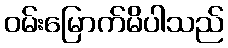
ဝမ်းမြောက်မိပါသည်